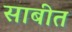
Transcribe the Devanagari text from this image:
साबीत